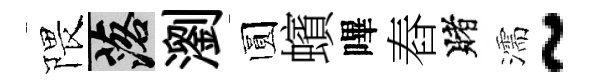
隈落瀏圆蠙嗶舂賭濡~